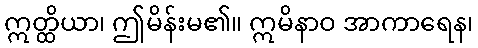
ဣတ္ထိယာ၊ ဤမိန်းမ၏။ ဣမိနာဝ အာကာရေန၊